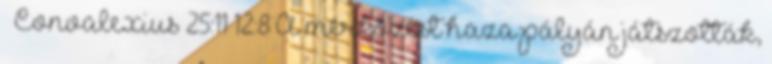
– Convalexius 25:11 12:8 A mérkőzést haza pályán játszották,